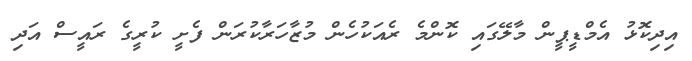
އިދިކޮޅު އެމްޑީޕީން މާލޭގައި ކޮންމެ ރެއަކުހެން މުޒާހަރާކުރަން ފެށީ ކުރީގެ ރައީސް އަދި